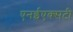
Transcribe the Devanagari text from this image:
एनईएक्सटी